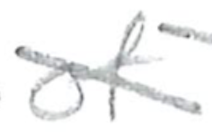
Text: of
Cross-out: mix
Writing tool: pencil